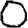
Digit: 0